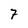
Character: 7